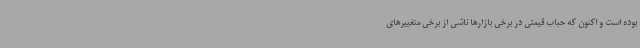
بوده است و اکنون که حباب قیمتی در برخی بازارها ناشی از برخی متغییرهای